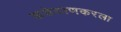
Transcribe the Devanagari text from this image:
कडेठाणकरला